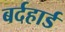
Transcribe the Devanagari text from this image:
बर्दहार्ड